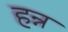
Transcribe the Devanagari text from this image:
हन्न